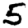
Digit: 5